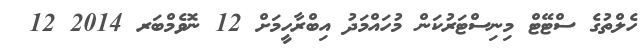
ހެލްތުގެ ސްޓޭޓް މިނިސްޓަރުކަން މުހައްމަދު އިބްރާހީމަށް 12 ނޮވެމްބަރ 2014 12